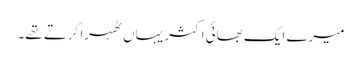
میرے ایک بھائی اکثر یہاں ٹھہرا کرتے تھے۔